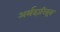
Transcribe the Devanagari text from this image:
अर्थदारिद्रय